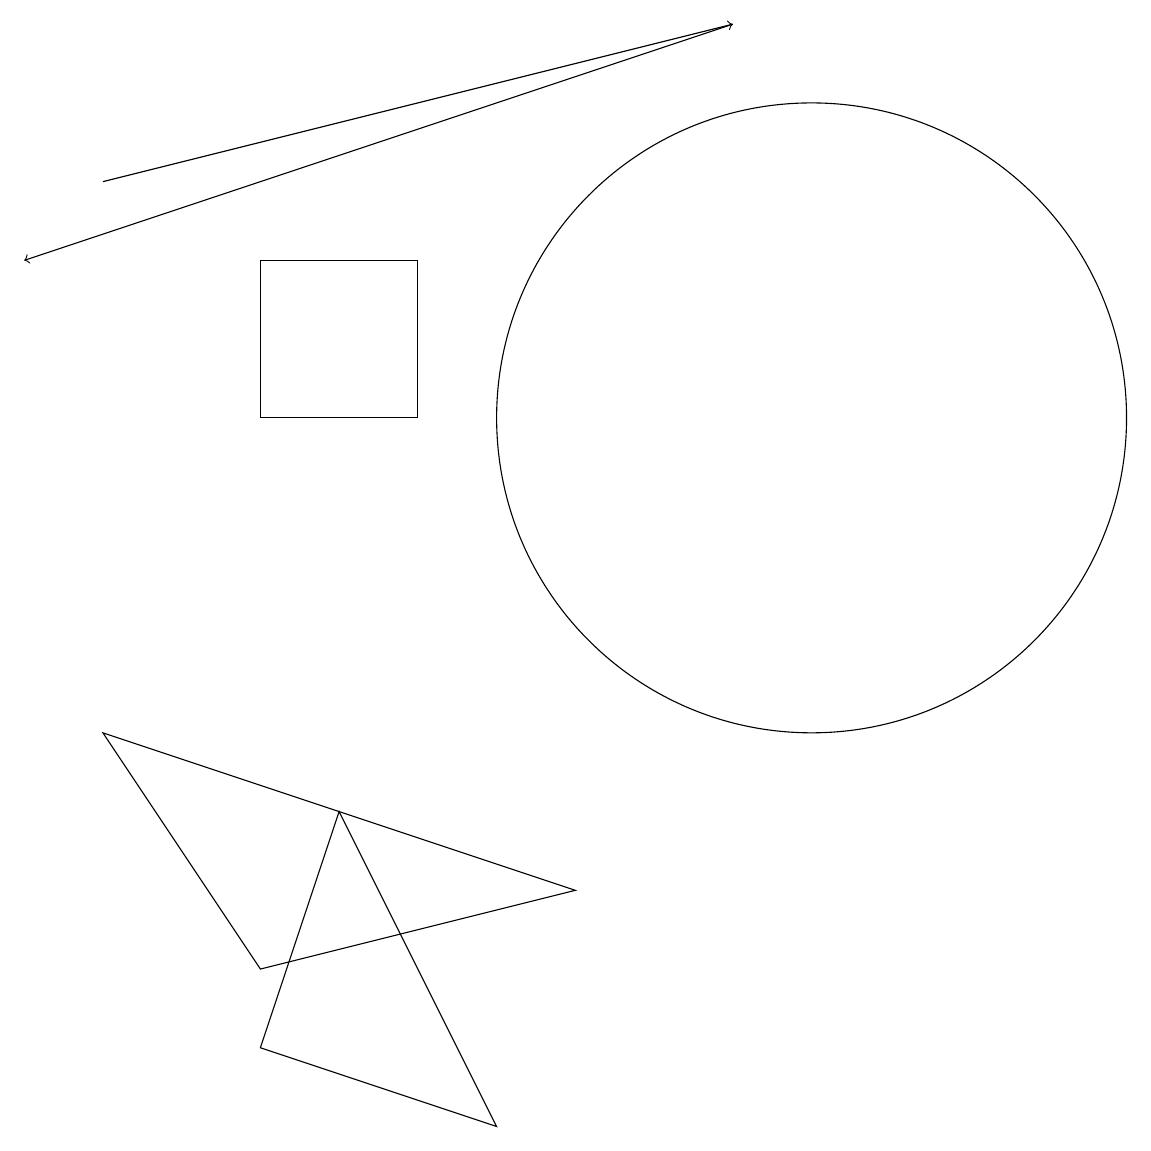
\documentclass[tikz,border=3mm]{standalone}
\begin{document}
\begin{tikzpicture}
\draw[->] (1,14) -- (9,16);
\draw (1,7) -- (3,4) -- (7,5) -- cycle;
\draw (10,11) circle (4);
\draw (3,3) -- (6,2) -- (4,6) -- cycle;
\draw (3,11) rectangle (5,13);
\draw[->] (9,16) -- (0,13);
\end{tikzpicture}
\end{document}